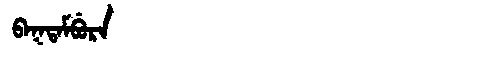
Manchu: ᠪᠠᡴᡨᠠᠮᠪᡠᡵᠠ
Romanization: BAKTAMBURA